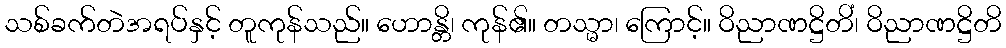
သစ်ခက်တဲအရပ်နှင့် တူကုန်သည်။ ဟောန္တိ၊ ကုန်၏။ တသ္မာ၊ ကြောင့်။ ဝိညာဏဋ္ဌိတိံ၊ ဝိညာဏဋ္ဌိတိ